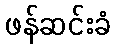
ဖန်ဆင်းခံ